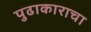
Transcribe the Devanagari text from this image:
पुढाकाराचा